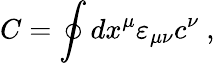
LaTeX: {C}=\oint dx^{\mu}\varepsilon_{\mu\nu}c^{\nu}\ ,